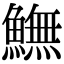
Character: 𩻚